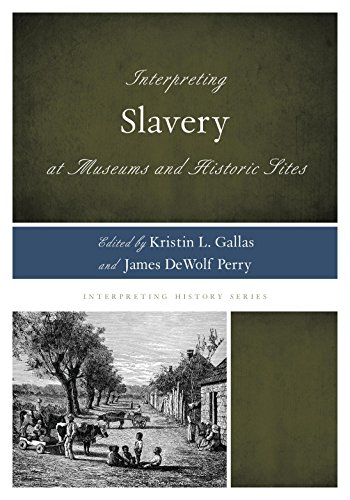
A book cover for Interpreting Slavery at Museums and Historic Sites (Interpreting History); Business & Money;